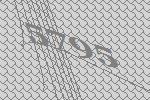
5795